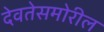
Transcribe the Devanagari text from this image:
देवतेसमोरील